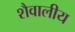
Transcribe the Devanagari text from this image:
शैवालीय